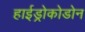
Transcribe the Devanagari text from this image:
हाईड्रोकोडोन